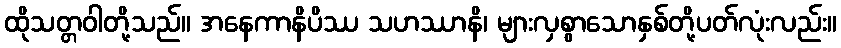
ထိုသတ္တဝါတို့သည်။ အနေကာနိပိဿ သဟဿာနိ၊ များလှစွာသောနှစ်တို့ပတ်လုံးလည်း။